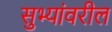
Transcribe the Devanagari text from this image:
सुभ्यांवरील